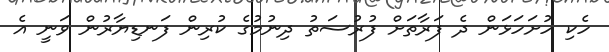
ހެކި ހުށަހަޅަން ދެ ފަރާތަށް ފުރުސަތު ދިނުމުގެ ކުރިން ފަނޑިޔާރުން ވަނީ އެ